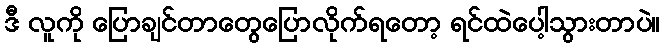
ဒီ လူကို ပြောချင်တာတွေပြောလိုက်ရတော့ ရင်ထဲပေါ့သွားတာပဲ။